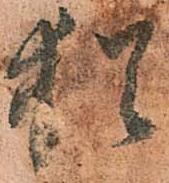
猶